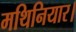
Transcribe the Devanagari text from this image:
मथिनियार।